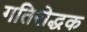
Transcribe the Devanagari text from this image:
गतिरोद्धक